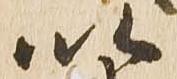
以